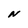
Character: N